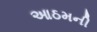
આઠમની